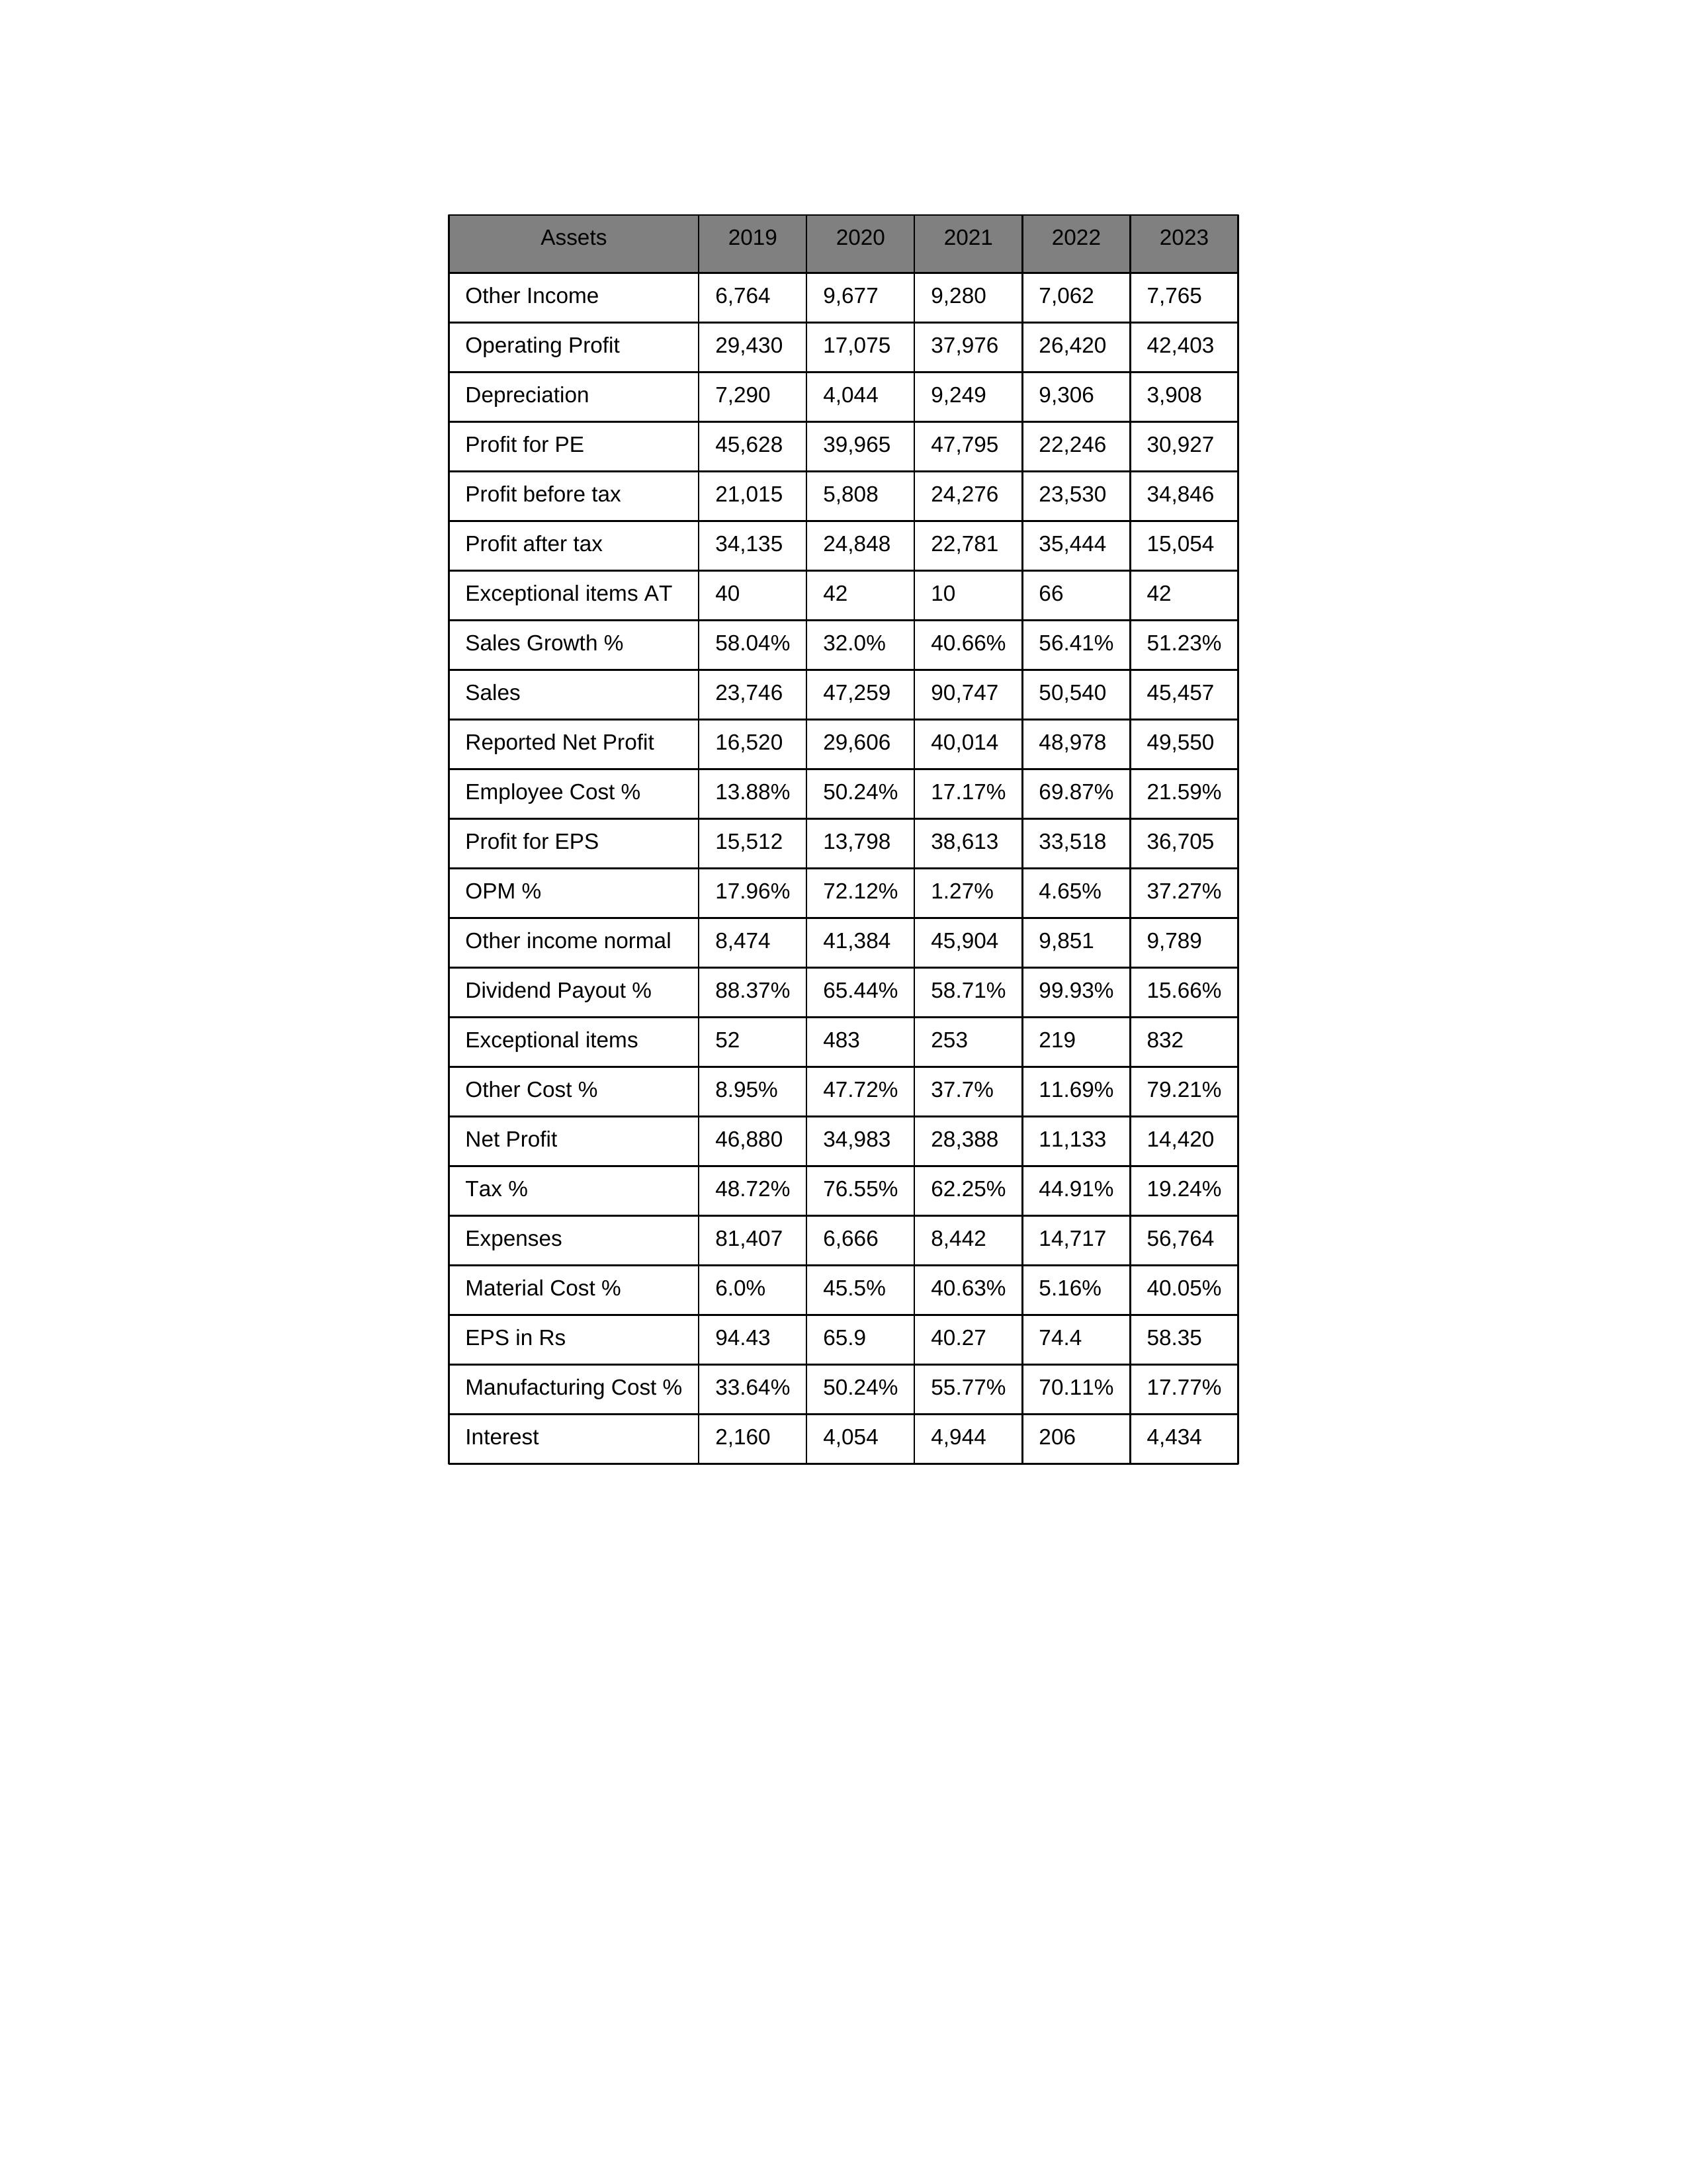
gt_parse: 2019: Sales: 23,746
Sales Growth %: 58.04%
Expenses: 81,407
Material Cost %: 6.0%
Manufacturing Cost %: 33.64%
Employee Cost %: 13.88%
Other Cost %: 8.95%
Operating Profit: 29,430
OPM %: 17.96%
Other Income: 6,764
Exceptional items: 52
Other income normal: 8,474
Interest: 2,160
Depreciation: 7,290
Profit before tax: 21,015
Tax %: 48.72%
Net Profit: 46,880
Profit after tax: 34,135
Reported Net Profit: 16,520
Profit for EPS: 15,512
Exceptional items AT: 40
Profit for PE: 45,628
EPS in Rs: 94.43
Dividend Payout %: 88.37%
2020: Sales: 47,259
Sales Growth %: 32.0%
Expenses: 6,666
Material Cost %: 45.5%
Manufacturing Cost %: 50.24%
Employee Cost %: 50.24%
Other Cost %: 47.72%
Operating Profit: 17,075
OPM %: 72.12%
Other Income: 9,677
Exceptional items: 483
Other income normal: 41,384
Interest: 4,054
Depreciation: 4,044
Profit before tax: 5,808
Tax %: 76.55%
Net Profit: 34,983
Profit after tax: 24,848
Reported Net Profit: 29,606
Profit for EPS: 13,798
Exceptional items AT: 42
Profit for PE: 39,965
EPS in Rs: 65.9
Dividend Payout %: 65.44%
2021: Sales: 90,747
Sales Growth %: 40.66%
Expenses: 8,442
Material Cost %: 40.63%
Manufacturing Cost %: 55.77%
Employee Cost %: 17.17%
Other Cost %: 37.7%
Operating Profit: 37,976
OPM %: 1.27%
Other Income: 9,280
Exceptional items: 253
Other income normal: 45,904
Interest: 4,944
Depreciation: 9,249
Profit before tax: 24,276
Tax %: 62.25%
Net Profit: 28,388
Profit after tax: 22,781
Reported Net Profit: 40,014
Profit for EPS: 38,613
Exceptional items AT: 10
Profit for PE: 47,795
EPS in Rs: 40.27
Dividend Payout %: 58.71%
2022: Sales: 50,540
Sales Growth %: 56.41%
Expenses: 14,717
Material Cost %: 5.16%
Manufacturing Cost %: 70.11%
Employee Cost %: 69.87%
Other Cost %: 11.69%
Operating Profit: 26,420
OPM %: 4.65%
Other Income: 7,062
Exceptional items: 219
Other income normal: 9,851
Interest: 206
Depreciation: 9,306
Profit before tax: 23,530
Tax %: 44.91%
Net Profit: 11,133
Profit after tax: 35,444
Reported Net Profit: 48,978
Profit for EPS: 33,518
Exceptional items AT: 66
Profit for PE: 22,246
EPS in Rs: 74.4
Dividend Payout %: 99.93%
2023: Sales: 45,457
Sales Growth %: 51.23%
Expenses: 56,764
Material Cost %: 40.05%
Manufacturing Cost %: 17.77%
Employee Cost %: 21.59%
Other Cost %: 79.21%
Operating Profit: 42,403
OPM %: 37.27%
Other Income: 7,765
Exceptional items: 832
Other income normal: 9,789
Interest: 4,434
Depreciation: 3,908
Profit before tax: 34,846
Tax %: 19.24%
Net Profit: 14,420
Profit after tax: 15,054
Reported Net Profit: 49,550
Profit for EPS: 36,705
Exceptional items AT: 42
Profit for PE: 30,927
EPS in Rs: 58.35
Dividend Payout %: 15.66%